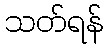
သတ်ရန်